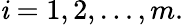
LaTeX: \mathit{i}=1,2,\dots,m.